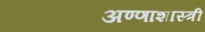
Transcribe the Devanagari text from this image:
अण्णाशास्त्री